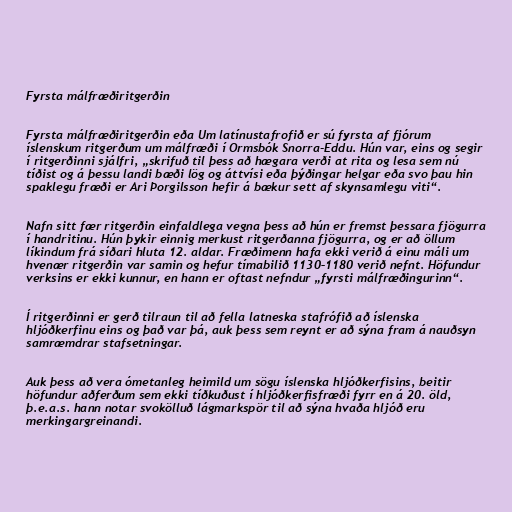
Fyrsta málfræðiritgerðin

Fyrsta málfræðiritgerðin eða Um latínustafrofið er sú fyrsta af fjórum
íslenskum ritgerðum um málfræði í Ormsbók Snorra-Eddu. Hún var, eins og segir
í ritgerðinni sjálfri, „skrifuð til þess að hægara verði at rita og lesa sem nú
tíðist og á þessu landi bæði lög og áttvísi eða þýðingar helgar eða svo þau hin
spaklegu fræði er Ari Þorgilsson hefir á bækur sett af skynsamlegu viti“.

Nafn sitt fær ritgerðin einfaldlega vegna þess að hún er fremst þessara fjögurra
í handritinu. Hún þykir einnig merkust ritgerðanna fjögurra, og er að öllum
líkindum frá síðari hluta 12. aldar. Fræðimenn hafa ekki verið á einu máli um
hvenær ritgerðin var samin og hefur tímabilið 1130–1180 verið nefnt. Höfundur
verksins er ekki kunnur, en hann er oftast nefndur „fyrsti málfræðingurinn“.

Í ritgerðinni er gerð tilraun til að fella latneska stafrófið að íslenska
hljóðkerfinu eins og það var þá, auk þess sem reynt er að sýna fram á nauðsyn
samræmdrar stafsetningar.

Auk þess að vera ómetanleg heimild um sögu íslenska hljóðkerfisins, beitir
höfundur aðferðum sem ekki tíðkuðust í hljóðkerfisfræði fyrr en á 20. öld,
þ.e.a.s. hann notar svokölluð lágmarkspör til að sýna hvaða hljóð eru
merkingargreinandi.